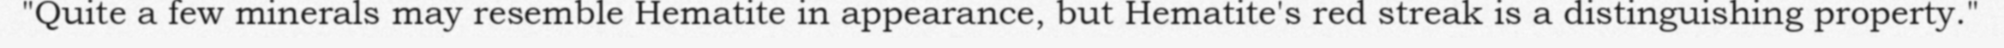
"Quite a few minerals may resemble Hematite in appearance, but Hematite's red streak is a distinguishing property."